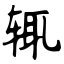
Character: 辄